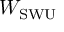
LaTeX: W _ { \mathrm { S W U } }